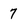
Character: 7